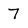
Character: 7